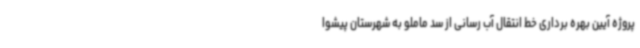
پروژه آیین بهره برداری خط انتقال آب رسانی از سد ماملو به شهرستان پیشوا